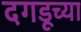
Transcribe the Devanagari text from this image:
दगडूच्या